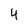
Character: 4